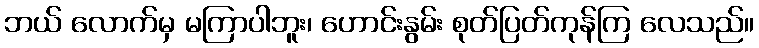
ဘယ် လောက်မှ မကြာပါဘူး၊ ဟောင်းနွမ်း စုတ်ပြတ်ကုန်ကြ လေသည်။